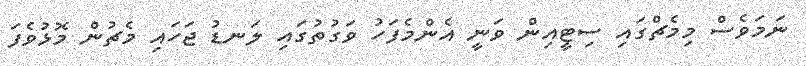
ނަމަވެސް މިމެޗްގައި ސިޓީއިން ވަނީ އެންމެފަހު ވަގުތުގައި ލަނޑު ޖަހައި މެޗުން މޮޅުވެފަ